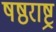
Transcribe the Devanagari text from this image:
षष्ठराष्ट्र